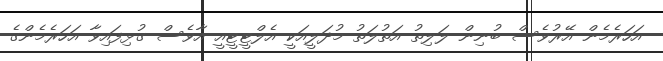
އަހަރެމެން އޭރުވެސް ބުނިން ލަލިތު އަތުލަތު މުދަލީއަކީ އެލްޓީޓީއީ އާވެސް ގުޅިފައިވާ އަހަރެމެންގެ